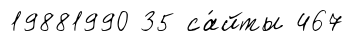
19881990 35 са́йты 467